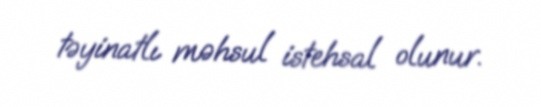
təyinatlı məhsul istehsal olunur.